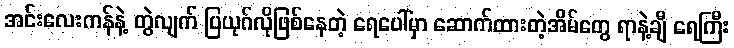
အင်းလေးကန်နဲ့ တွဲလျက် ပြယုဂ်လိုဖြစ်နေတဲ့ ရေပေါ်မှာ ဆောက်ထားတဲ့အိမ်တွေ ရာနဲ့ချီ ရေကြီး